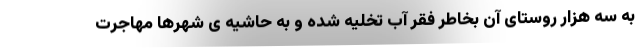
به سه هزار روستای آن بخاطر فقر آب تخلیه شده و به حاشیه ی شهرها مهاجرت